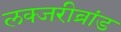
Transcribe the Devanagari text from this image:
लक्जरीब्रांड